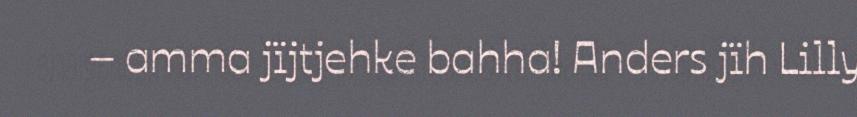
– amma jïjtjehke bahha! Anders jïh Lilly